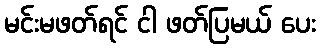
မင်းမဖတ်ရင် ငါ ဖတ်ပြမယ် ပေး